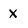
Character: x